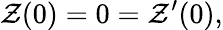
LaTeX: {\cal\mathcal{Z}}(0)=0={\cal\mathcal{Z}}^{\prime}(0),